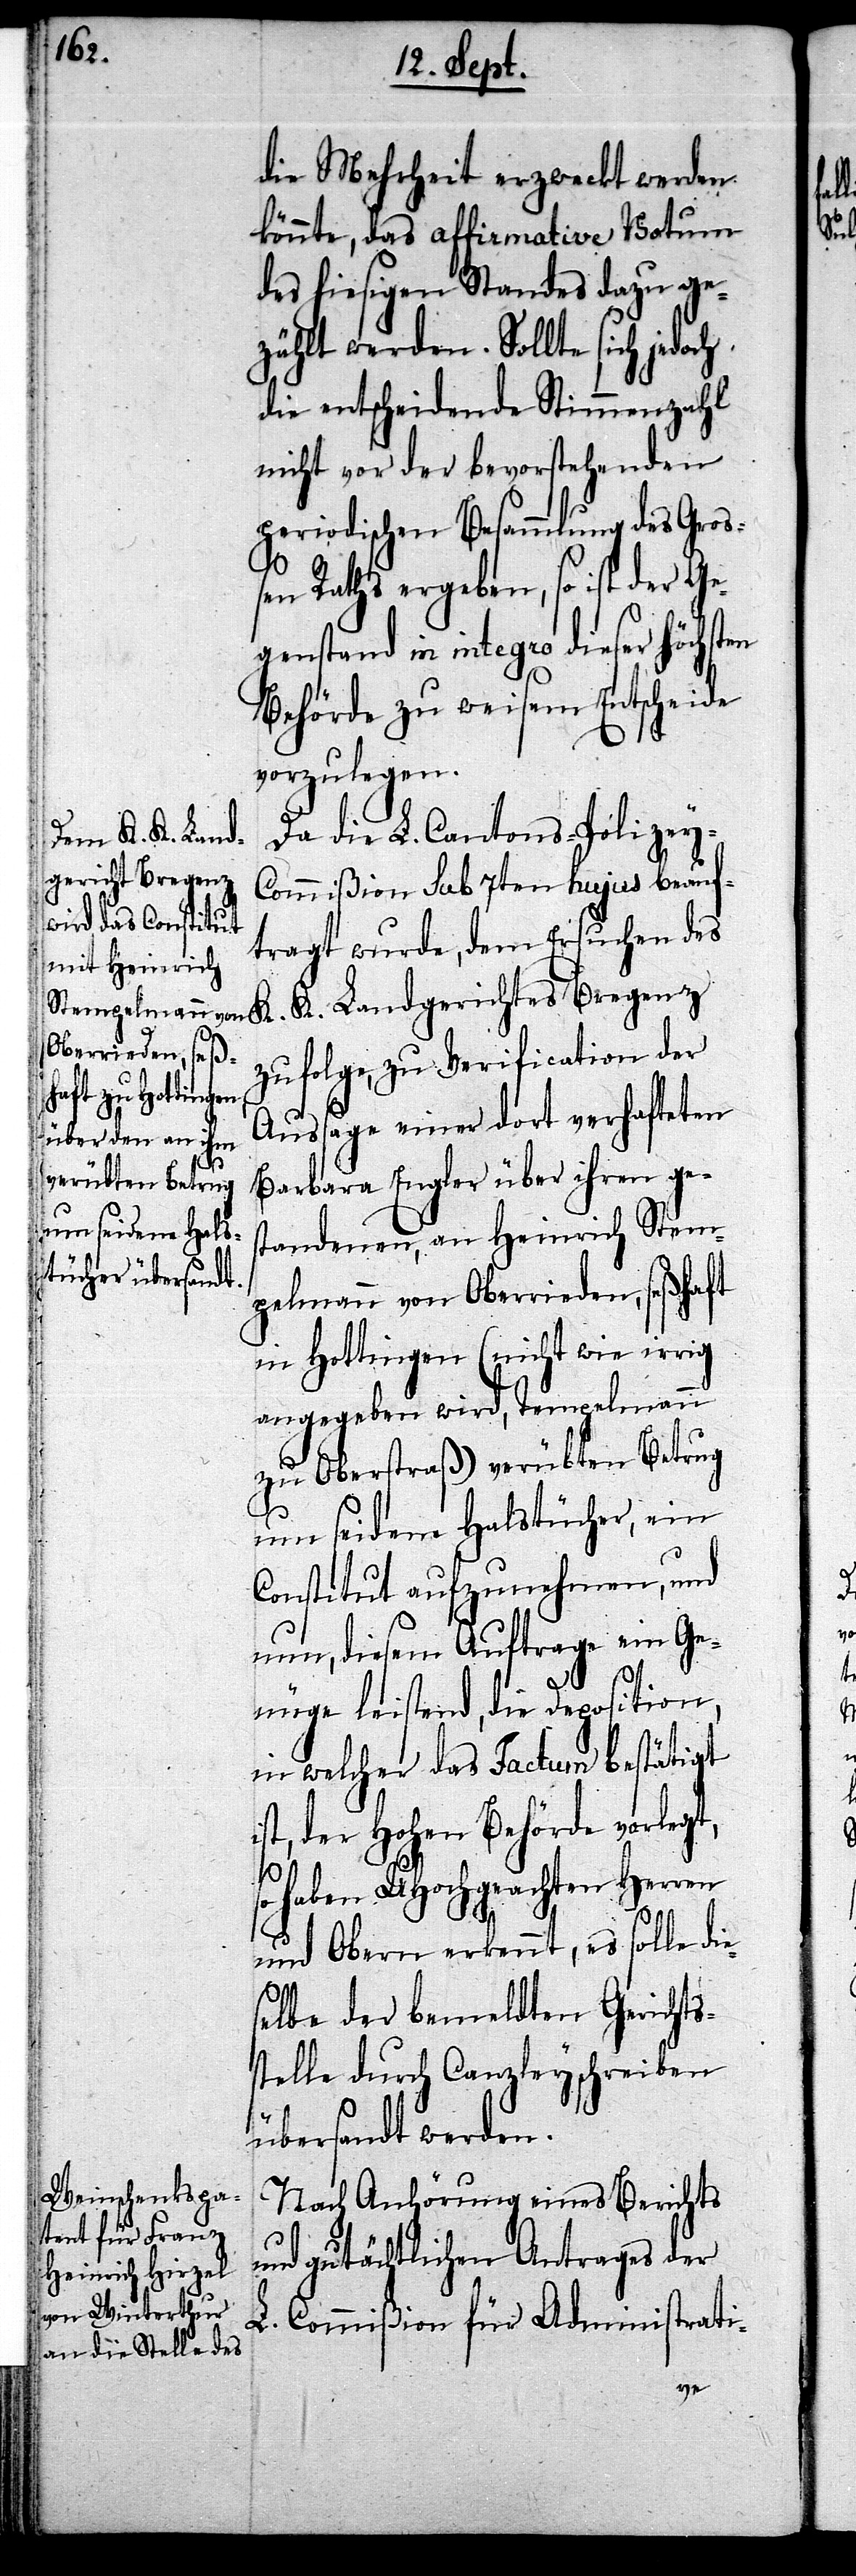
i¬

die Mehrheit erzweckt werden
könnte, das affirmative Votum
des hiesigen Standes dazu ge¬
zählt werden. Sollte sich jedoch
die entscheidende Stimmenzahl
nicht vor der bevorstehenden
periodischen Besammlung des Groß¬
en Rathes ergeben, so ist der Ge¬
genstand in integro dieser höchsten
Behörde zu weisem Entscheide
vorzulegen.
Da die L. Cantons-Polizey-C¬
ommißion sub 7ten hujus beauf¬
tragt wurde, dem Ersuchen des
K. Landgerichtes Bregenz
zufolge, zu Verification der
Aussage einer dort verhafteten
Barbara Engler über ihren ges¬
tandenen, an Heinrich Stem¬
pelmann von Oberrieden, seßhaft
in Hottingen (nicht wie irrig
angegeben wird, Tempelmann
zu Oberstraß) verübten Betrug
um seidene Halstücher, ein
Constitut aufzunehmen, und
nun, diesem Auftrage ein Ge¬
nüge leistend, die Deposition,
in welcher das Factum bestätigt
st, der Hohen Behörde vorlegt,
haben UHochgeachten Herren
und Obern erkennt, es solle die¬
selbe der bemeldten Gerichts¬
stelle durch Canzleyschreiben
übersandt werden.
Nach Anhörung eines Berichts
und gutächtlichen Antrages der
L. Commißion für Administrati-